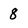
Character: 8